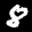
Label: 8